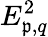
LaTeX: E_{\mathfrak{p},q}^{2}